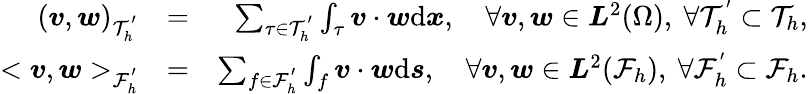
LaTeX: \begin{array}{rlr}{(\boldsymbol{v},\boldsymbol{w})_{\mathcal{T}_{h}^{'}}}&{=}&{\sum_{\tau\in\mathcal{T}_{h}^{'}}\int_{\tau}\boldsymbol{v}\cdot\boldsymbol{w}\mathrm{d}\boldsymbol{x},\quad\forall\boldsymbol{v},\boldsymbol{w}\in\boldsymbol{L}^{2}(\Omega),\ \forall\mathcal{T}_{h}^{'}\subset\mathcal{T}_{h},}\\ {<\boldsymbol{v},\boldsymbol{w}>_{\mathcal{F}_{h}^{'}}}&{=}&{\sum_{f\in\mathcal{F}_{h}^{'}}\int_{f}\boldsymbol{v}\cdot\boldsymbol{w}\mathrm{d}\boldsymbol{s},\quad\forall\boldsymbol{v},\boldsymbol{w}\in\boldsymbol{L}^{2}(\mathcal{F}_{h}),\ \forall\mathcal{F}_{h}^{'}\subset\mathcal{F}_{h}.}\end{array}